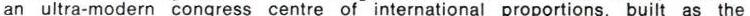
an ultra-modern congress centre of international proportions, built as the